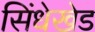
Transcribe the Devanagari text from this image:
सिंधेखेड